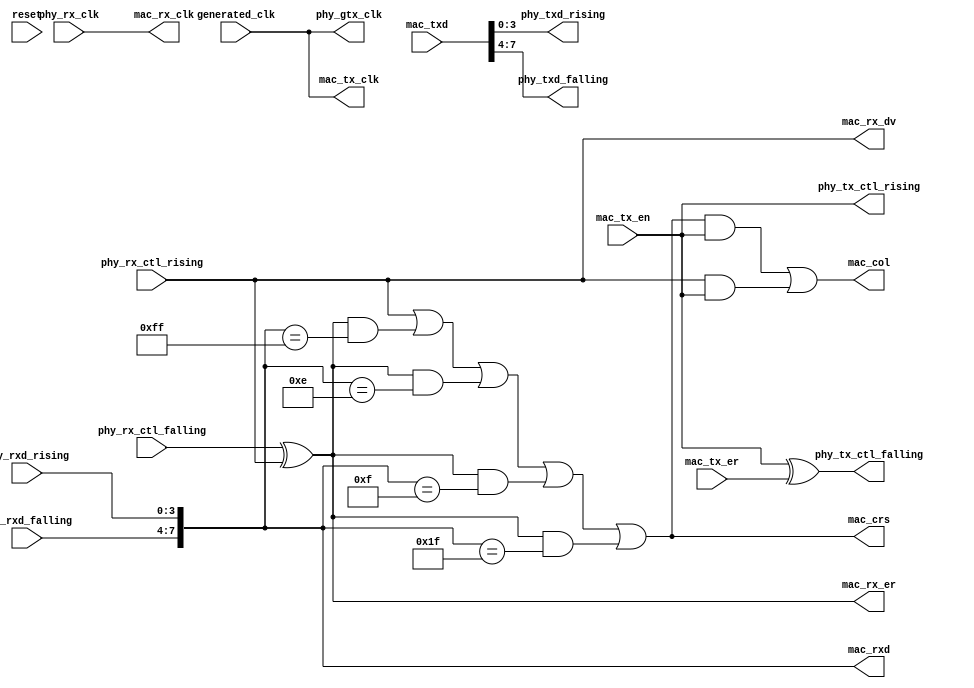
module rgmii 
(
    input   wire        reset,
    input   wire        generated_clk,

    // PHY Interface
    output  wire [3:0]  phy_txd_rising,
    output  wire [3:0]  phy_txd_falling,    
    output  wire        phy_tx_ctl_rising,
    output  wire        phy_tx_ctl_falling,    
    output  wire        phy_gtx_clk,
    input   wire [3:0]  phy_rxd_rising,
    input   wire [3:0]  phy_rxd_falling,
    input   wire        phy_rx_ctl_rising,
    input   wire        phy_rx_ctl_falling,    
    input   wire        phy_rx_clk,

    // MAC Interface
    input   wire        mac_tx_er,
    input   wire [7:0]  mac_txd,
    input   wire        mac_tx_en,
    output  wire        mac_tx_clk,
    output  wire        mac_col,
    output  wire [7:0]  mac_rxd,
    output  wire        mac_rx_er,
    output  wire        mac_rx_clk,
    output  wire        mac_crs,
    output  wire        mac_rx_dv
);

assign phy_txd_rising       = mac_txd[3:0];
assign phy_txd_falling      = mac_txd[7:4];
assign phy_tx_ctl_rising    = mac_tx_en;
assign phy_tx_ctl_falling   = mac_tx_en ^ mac_tx_er;
assign phy_gtx_clk          = generated_clk;
assign mac_col              = (mac_crs & mac_tx_en) | (mac_rx_dv & mac_tx_en);
assign mac_rxd [3:0]        = phy_rxd_rising;
assign mac_rxd [7:4]        = phy_rxd_falling;
assign mac_rx_er            = phy_rx_ctl_falling ^ phy_rx_ctl_rising;
assign mac_rx_clk           = phy_rx_clk;
assign mac_crs              = mac_rx_dv | ( mac_rx_er && mac_rxd == 8'hFF ) | ( mac_rx_er && mac_rxd == 8'h0E ) | ( mac_rx_er && mac_rxd == 8'h0F ) | ( mac_rx_er && mac_rxd == 8'h1F );
assign mac_rx_dv            = phy_rx_ctl_rising;
assign mac_tx_clk           = generated_clk;

endmodule